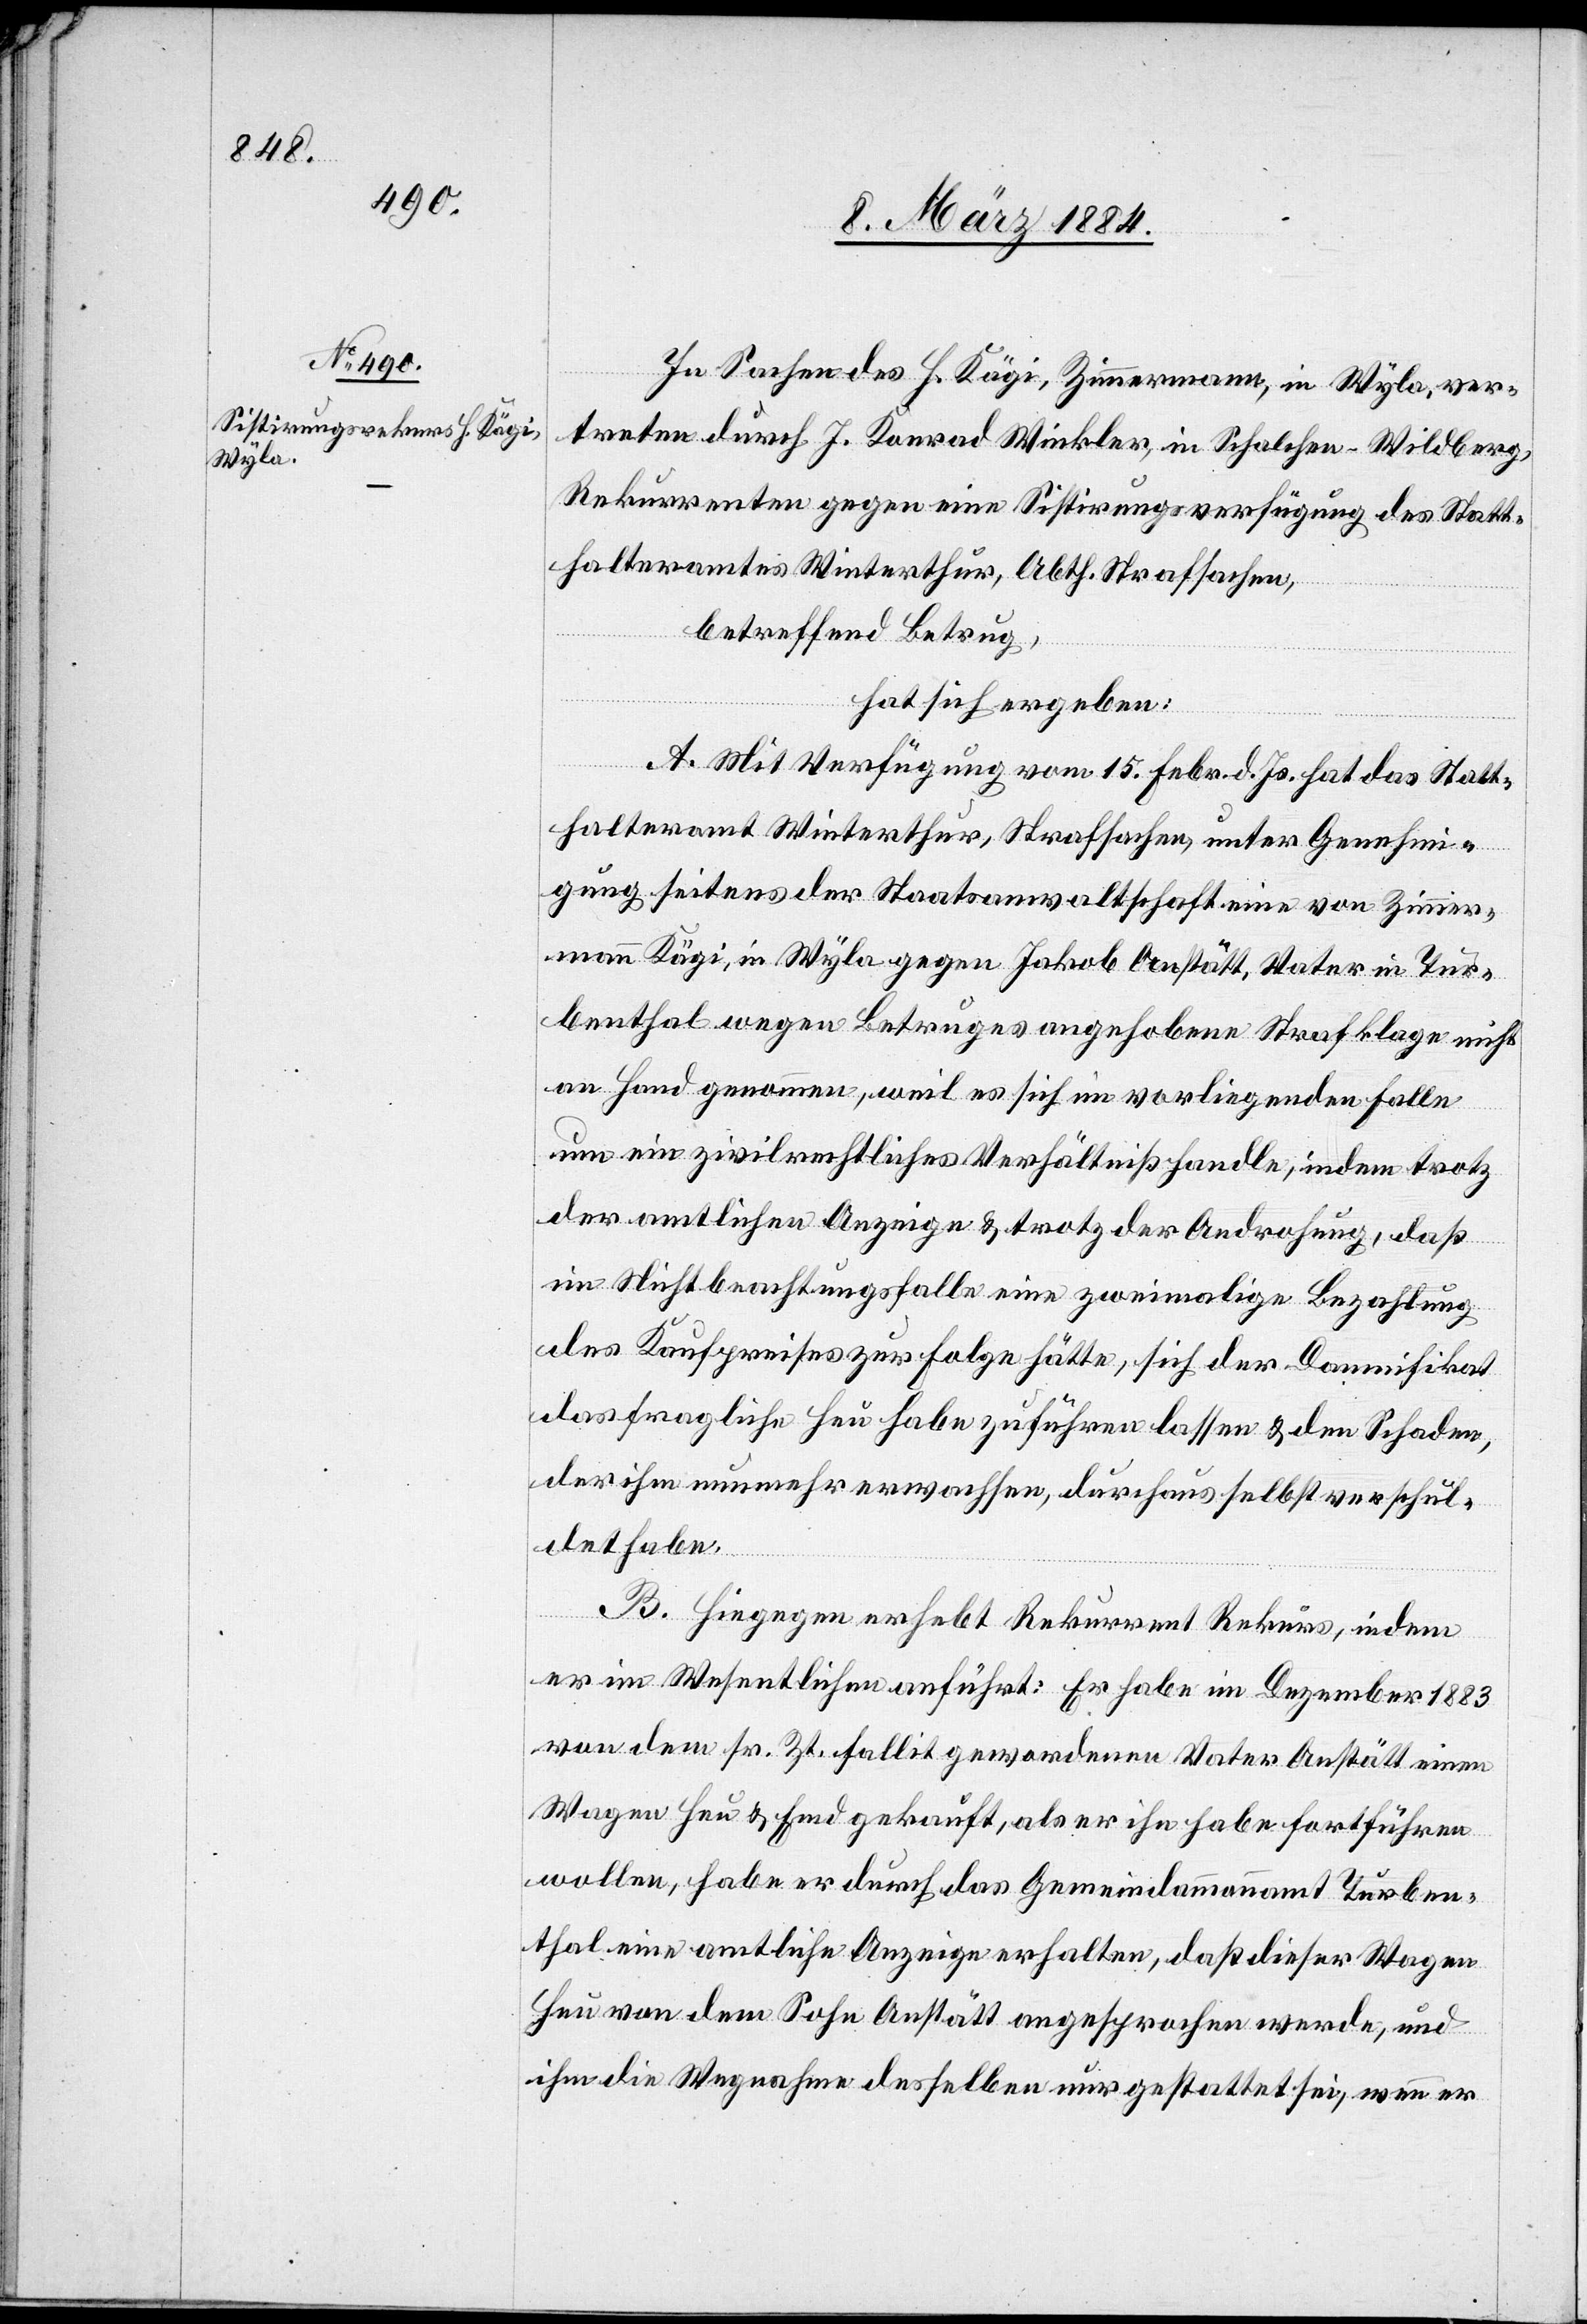
In Sachen des H. Kägi, Zimmermann, in Wyla, ver¬
treten durch J. Konrad Winkler, in Schalchen - Wildberg,
Rekurrenten gegen einen Sistierungsverfügung des Statt¬
halteramtes Winterthur, Abth. Strafsachen,
betreffend Betrug,
hat sich ergeben:
A. Mit Verfügung vom 15. Febr. d. Js. hat das Statt¬
halteramt Winterthur, Strafsachen, unter Genehmi¬
gung seitens der Staatsanwaltschaft eine von Zimmer¬
mann Kägi, in Wyla gegen Jakob Anstätt, Vater in Tur¬
benthal wegen Betruges angehobene Strafklage nicht
an Hand genommen, weil es sich im vorliegenden Falle
um ein zivilrechtliches Verhältniß handle, indem trotz
der amtlichen Anzeige & trotz der Androhung, daß
im Nichtbeachtungsfalle eine zweimalige Bezahlung
des Kaufpreises zur Folge hätte [sic!], sich der Damnifikat
das fragliche Heu Habe zuführen lassen & den Schaden,
der ihm nunmehr erwachsen, durchaus selbst verschul¬
det habe.
B. Hiegegen erhebt Rekurrent Rekurs, indem
er im Wesentlichen anführt: Er habe im Dezember 1883
von dem sr. Zt. fallit gewordenen Vater Anstätt einen
Wagen Heu & Emd gekauft, als er ihn habe fortführen
wollen, habe er durch das Gemeindammannamt Turben¬
thal eine amtliche Anzeige erhalten, daß dieser Wagen
Heu dem Sohn Anstätt angesprochen werde, und
ihm die Wegnahme desselben nur gestattet sei, wenn er